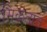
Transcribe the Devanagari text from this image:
मिळतात़